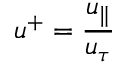
u ^ { + } = \frac { u _ { \| } } { u _ { \tau } }